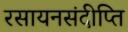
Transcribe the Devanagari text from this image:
रसायनसंदीप्ति